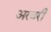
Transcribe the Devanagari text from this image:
अरवरी